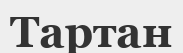
Тартан